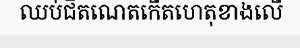
ឈប់ជិតណេតកើតហេតុខាងលើ